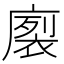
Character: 𭙻